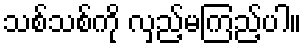
သစ်သစ်ကို လှည့်မကြည့်ပါ။